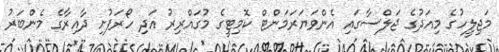
މަޖިލީހުގެ މިއަދުގެ ޖަލްސާގައި އެންވަޔަރަމަންޓް ކޮމިޓީގެ މުގައްރިރު އަދި ހޯރަފުށި ދާއިރާގެ މެންބަރު